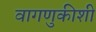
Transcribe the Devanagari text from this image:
वागणुकीशी